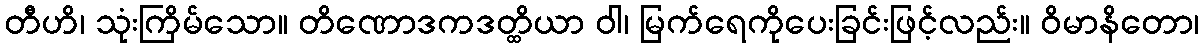
တီဟိ၊ သုံးကြိမ်သော။ တိဏောဒကဒတ္ထိယာ ဝါ၊ မြက်ရေကိုပေးခြင်းဖြင့်လည်း။ ဝိမာနိတော၊